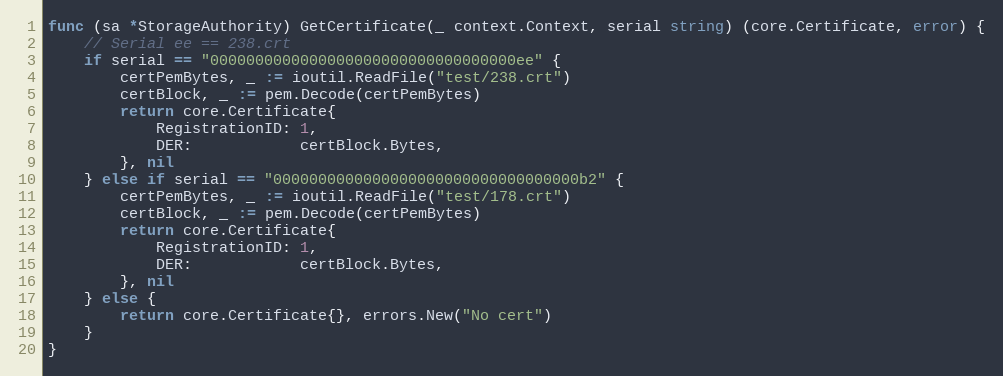
Language: Go
func (sa *StorageAuthority) GetCertificate(_ context.Context, serial string) (core.Certificate, error) {
	// Serial ee == 238.crt
	if serial == "0000000000000000000000000000000000ee" {
		certPemBytes, _ := ioutil.ReadFile("test/238.crt")
		certBlock, _ := pem.Decode(certPemBytes)
		return core.Certificate{
			RegistrationID: 1,
			DER:            certBlock.Bytes,
		}, nil
	} else if serial == "0000000000000000000000000000000000b2" {
		certPemBytes, _ := ioutil.ReadFile("test/178.crt")
		certBlock, _ := pem.Decode(certPemBytes)
		return core.Certificate{
			RegistrationID: 1,
			DER:            certBlock.Bytes,
		}, nil
	} else {
		return core.Certificate{}, errors.New("No cert")
	}
}